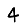
Digit: 4